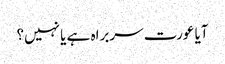
آیا عورت سربراہ ہے یا نہیں؟